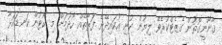
ޤާނޫނީގޮތުން ގެޒެޓްކުރެވޭ ލިޔުން ކުނި އުކައިދޭނެ ފަރާތެއް ހޯދުމަށް މި ކޯޓުން ކަނޑައަޅާ